system: You are a helpful assistant.
user:
Analyze the provided spectrum to determine if it is a **S-type Star**.

- **Key Indicators for S-type Star:**

    - **(Overall Spectrum Shape):** The first and most obvious characteristic is the overall continuum (the "baseline" shape). It is **extremely "red-sloping,"** meaning the flux (light intensity) is very low on the left side (blue, ~4000-4500 Å) and rises steeply and continuously toward the right side (red, ~7000 Å+).

    - **(Primary):** The spectrum is defined by the presence of strong, broad molecular absorption "valleys" (bands) from **Zirconium Oxide (ZrO)**. The identification of these bands is the **primary requirement** for classifying a star as S-type.
        - **(Key Bandheads):** You must find distinct, deep "dips" where the light has been absorbed. The most critical band systems to locate are:
            - **~6474 Å** ($\gamma$-system): This is often the strongest and clearest ZrO feature, found in the red part of the spectrum.
            - **~5718 Å** & **~5551 Å** ($\beta$-system): A pair of prominent absorption features in the yellow-orange part of the spectrum.
            - **~4640 Å** ($\alpha$-system): A key absorption band system in the blue-green region of the spectrum.

    - **(Secondary Confirmation):** The classification is strengthened by finding additional absorption bands from other related heavy element oxides, which are expected to be present alongside ZrO.
        - **(Key Bandheads):**
            - **Yttrium Oxide (YO):** Look for absorption dips near **~4800 Å** and **~6100 Å**.
            - **Lanthanum Oxide (LaO):** Additional absorption features, particularly in the red-orange part of the spectrum, are also characteristic.

    - **(Line Profile):** The combination of the steep red continuum and these numerous, deep molecular bands (ZrO, YO, etc.) gives the entire spectrum a very **"chopped-up"** or **"bumpy"** appearance. Instead of a smooth curve, the spectrum looks as though large, wide chunks of light have been "carved out" of it at the specific wavelengths listed above.

Think first, call **spectral_visualization_tool** if needed to examine features in detail, then provide your final answer. Your response must adhere to the following strict rules:
1.  **Overall Structure:** Your response must follow the format `<think>...</think> <tool_call>...</tool_call> (if a tool is used) <answer>...</answer>`.
2.  **Tool Usage Constraint:** You may only make **one** tool call per turn.
3.  **Final Answer Format:** In the `<answer>` tag, your conclusion must be inside a `\boxed{}` command (e.g., `\boxed{YES}` or `\boxed{NO}`), followed by your justification.

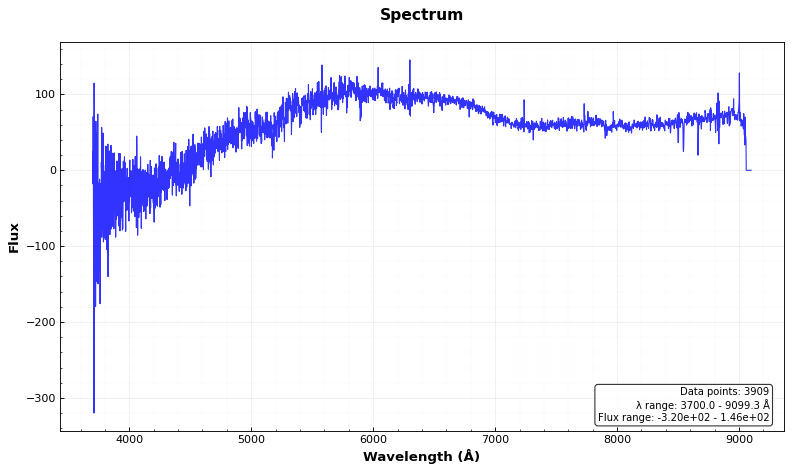
Answer: NO